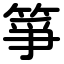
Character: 箏